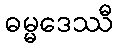
ဓမ္မဒေဿီ